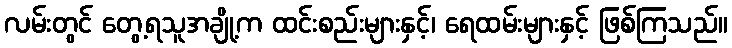
လမ်းတွင် တွေ့ရသူအချို့က ထင်းစည်းများနှင့်၊ ရေထမ်းများနှင့် ဖြစ်ကြသည်။